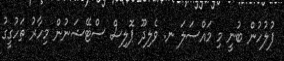
ފުލުހުން ބުނީ މި މައްސަލަ ނ. ވެލިދޫ ޕޮލިސް ސްޓޭޝަނުން މިހާރު ތަހުގީގު